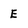
Character: E